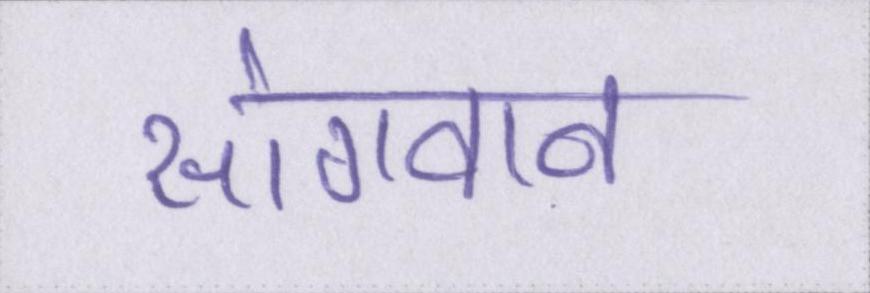
सांगवान